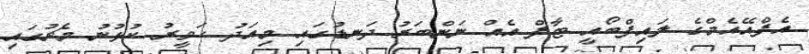
އެފްއޭއެމްގެ ލައިފްބޯއީ ޓާފް އެއް ނަންބަރު ދަނޑުގައި މިއަދު ހަވީރު ކުޅުނު މެޗުގައި